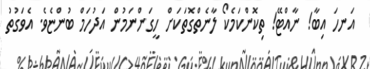
އަނހަ އިބާ! ނާއްޓޭ! ތިކޮންކަމެކޯ ލާނެތްގޮތަކަށް ހީގަންނަމުން އަދުހަމް ބުންޏެވެ. އެވަގުތު